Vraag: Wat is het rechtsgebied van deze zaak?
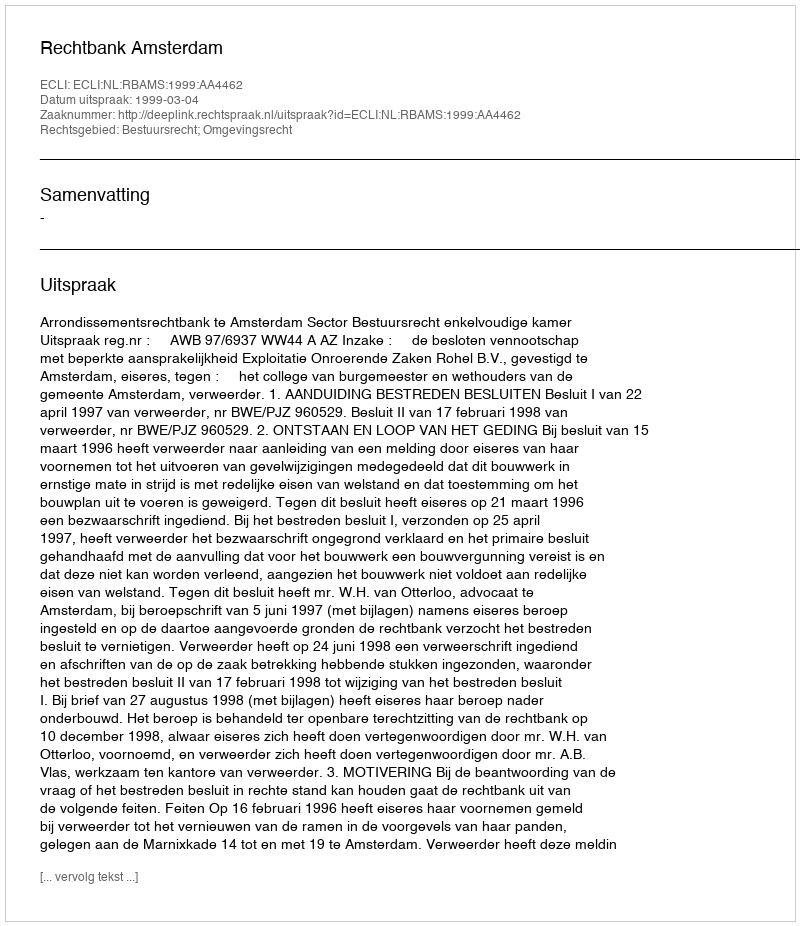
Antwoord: Bestuursrecht; Omgevingsrecht